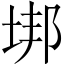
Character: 垹